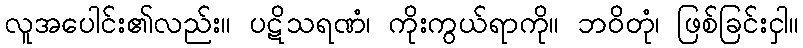
လူအပေါင်း၏လည်း။ ပဋိသရဏံ၊ ကိုးကွယ်ရာကို။ ဘဝိတုံ၊ ဖြစ်ခြင်းငှါ။